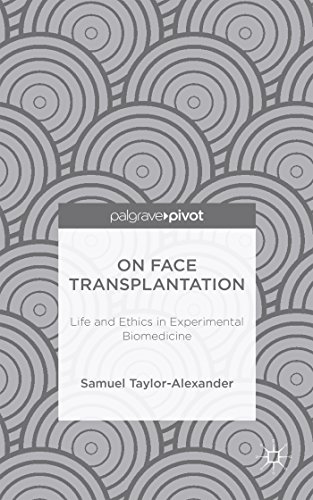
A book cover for On Face Transplantation: Life and Ethics in Experimental Biomedicine; Samuel Taylor-Alexander; Health, Fitness & Dieting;